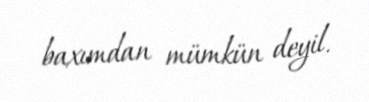
baxımdan mümkün deyil.